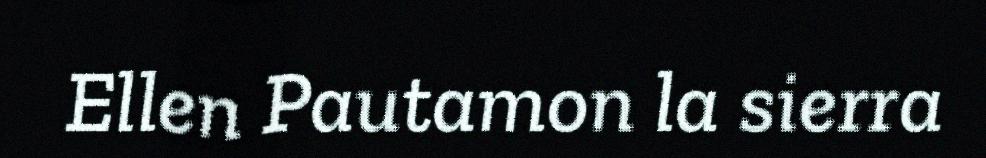
Ellen Pautamon la sierra